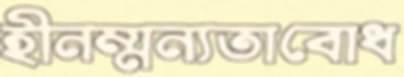
হীনম্মন্যতাবোধ